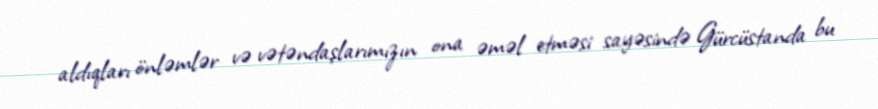
aldıqları önləmlər və vətəndaşlarımızın ona əməl etməsi sayəsində Gürcüstanda bu